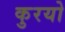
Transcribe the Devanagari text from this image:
कुरयो